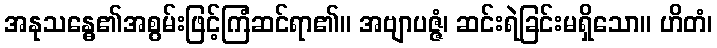
အနုသန္ဓေ၏အစွမ်းဖြင့်ကြံဆင်ရာ၏။ အဗျာပဇ္ဇံ၊ ဆင်းရဲခြင်းမရှိသော။ ဟိတံ၊